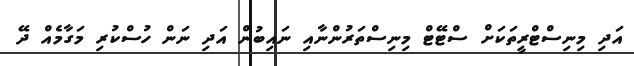
އަދި މިނިސްޓްރީތަކަށް ސްޓޭޓް މިނިސްތަރުންނާއި ނައިބުން އަދި ނަން ހުސްކުރި މަގާމެއް ދޭ